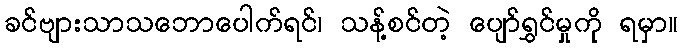
ခင်ဗျားသာသဘောပေါက်ရင်၊ သန့်စင်တဲ့ ပျော်ရွှင်မှုကို ရမှာ။